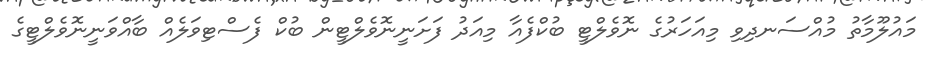
މައުލޫމާތު މުއްސަނދިވި މިއަހަރުގެ ނޮވެލްޓީ ބުކްފެއާ މިއަދު ފަށަނީނޮވެލްޓީން ބުކް ފެސްޓިވަލެއް ބާއްވަނީނޮވެލްޓީގެ